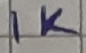
Text: 1K